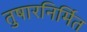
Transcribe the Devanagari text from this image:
तुषारनिर्मित